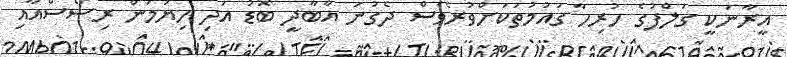
އީރާނަކީ ގަލްފުގެ ހުރިހާ ގައުމުތަކަށްވުރެވެސް ދެގުނަ އާބާދީ ބޮޑު އަދި ހިޔުމަން ރިސޯސްއާއި